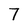
Character: 7